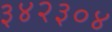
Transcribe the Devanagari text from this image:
३४२३०४